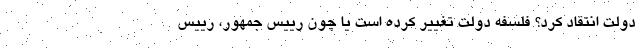
دولت انتقاد کرد؟ فلسفه دولت تغییر کرده است یا چون رییس جمهور، رییس